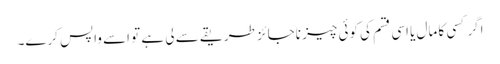
اگر کسی کا مال یا اسی قسم کی کوئی چیز ناجائز طریقے سے لی ہے تو اسے واپس کرے۔